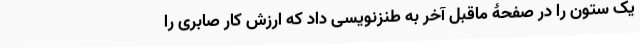
یک ستون را در صفحۀ ماقبل آخر به طنزنویسی داد که ارزش کار صابری را